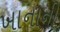
ખાનાની